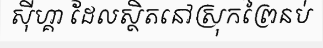
ស៊ីហ្គា ដែលស្ថិតនៅស្រុកព្រៃនប់